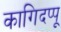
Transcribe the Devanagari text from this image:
कागिदप्पू